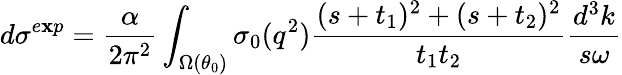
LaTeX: d\sigma^{e\mathbf{x}p}=\frac{{\alpha}}{{2\pi^{2}}}\int_{\Omega(\theta_{0})}^{}\sigma_{0}(q^{2})\frac{{(s+t_{1})^{2}+(s+t_{2})^{2}}}{{t_{1}t_{2}}}\frac{{d^{3}k}}{{s\omega}}